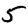
Digit: 5